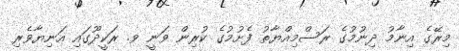
މިރޭގެ އިނާމު ދިނުމުގެ ރަސްމިއްޔާތު ފެށުމުގެ ކުރިން ވަނީ ވ. ރަކީދޫގައި އަނިޔާވެރި